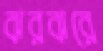
ঝরঝরে